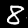
Label: 8